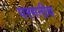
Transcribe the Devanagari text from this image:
परमनीच